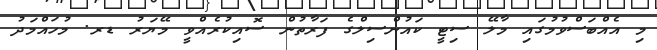
މި އެއްބަސްވުމުގައި މާލޭ ސިޓީ ކައުންސިލްގެ ފަރާތުން ސޮއިކުރެއްވީ މޭޔަރު ޑރ. މުހައްމަދު